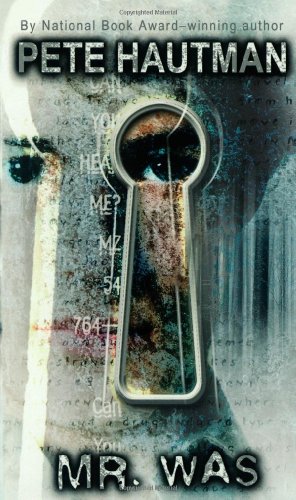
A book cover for Mr. Was; Pete Hautman; Teen & Young Adult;